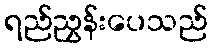
ရည်ညွှန်းပေသည်